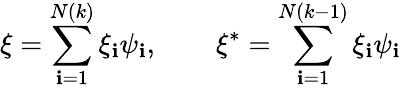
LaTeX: \xi=\sum_{\mathbf{i}=1}^{N(k)}\xi_{\mathbf{i}}\psi_{\mathbf{i}},\qquad\xi^{*}=\sum_{\mathbf{i}=1}^{N(k-1)}\xi_{\mathbf{i}}\psi_{\mathbf{i}}